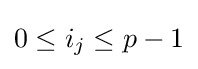
0\leq i_{j}\leq p-1